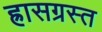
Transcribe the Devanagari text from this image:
ह्रासग्रस्त